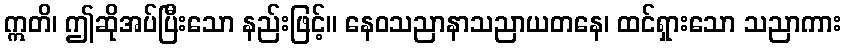
ဣတိ၊ ဤဆိုအပ်ပြီးသော နည်းဖြင့်။ နေဝသညာနာသညာယတနေ၊ ထင်ရှားသော သညာကား